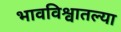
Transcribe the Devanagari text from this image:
भावविश्वातल्या